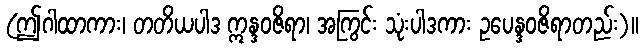
(ဤဂါထာကား၊ တတိယပါဒ ဣန္ဒဝဇိရာ၊ အကြွင်း သုံးပါဒကား ဥပေန္ဒဝဇိရာတည်း)။